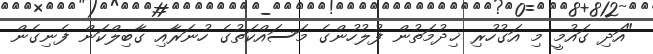
"އަދި ގައުމީ މި އަގުހުރި ޚިދުމަތުން ފުލުހުންގެ މަސައްކަތުގެ ހުނަރާއި ގާބިލްކަން ފެނިގެން